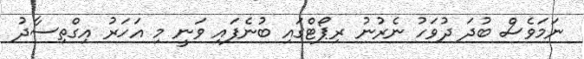
ނަމަވެސް ބުދަ ދުވަހު ނެރުނު ރިޕޯޓްގައި ބުނެފައި ވަނީ މި އަހަރު އިގްތިސާދު